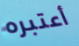
أعتبره